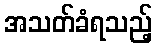
အသတ်ခံရသည့်